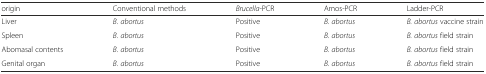
<table><thead><tr><td><b>origin</b></td><td><b>Conventional methods</b></td><td><b><i>Brucella</i>-PCR</b></td><td><b>Amos-PCR</b></td><td><b>Ladder-PCR</b></td></tr></thead><tbody><tr><td>Liver</td><td><i>B. abortus</i></td><td>Positive</td><td><i>B. abortus</i></td><td><i>B. abortus</i> vaccine strain</td></tr><tr><td>Spleen</td><td><i>B. abortus</i></td><td>Positive</td><td><i>B. abortus</i></td><td><i>B. abortus</i> field strain</td></tr><tr><td>Abomasal contents</td><td><i>B. abortus</i></td><td>Positive</td><td><i>B. abortus</i></td><td><i>B. abortus</i> field strain</td></tr><tr><td>Genital organ</td><td><i>B. abortus</i></td><td>Positive</td><td><i>B. abortus</i></td><td><i>B. abortus</i> field strain</td></tr></tbody></table>